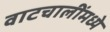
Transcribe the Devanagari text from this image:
वाटचालींमध्ये